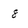
Character: 8